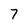
Character: 7